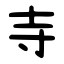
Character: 寺